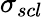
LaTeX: \sigma_{scl}